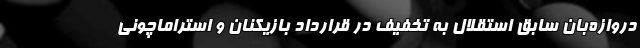
دروازه‌بان سابق استقلال به تخفیف در قرارداد بازیکنان و استراماچونی